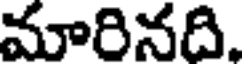
మారినది.